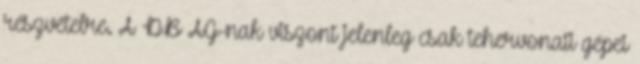
részvételre. A DB AG-nak viszont jelenleg csak tehervonati gépei